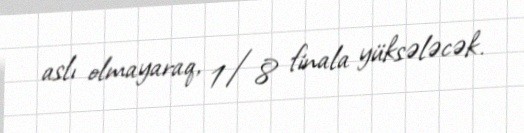
aslı olmayaraq, 1/8 finala yüksələcək.